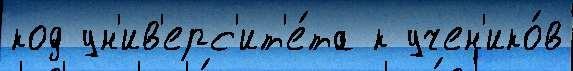
код ун'ив'ерс'ит'е́та к учен'ико́в